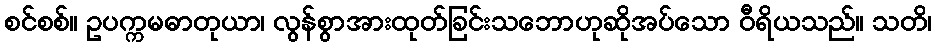
စင်စစ်။ ဥပက္ကမဓာတုယာ၊ လွန်စွာအားထုတ်ခြင်းသဘောဟုဆိုအပ်သော ဝီရိယသည်။ သတိ၊